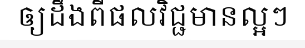
ឲ្យដឹងពីផលវិជ្ជមានល្អៗ